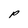
Character: P